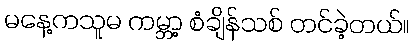
မနေ့ကသူမ ကမ္ဘာ့ စံချိန်သစ် တင်ခဲ့တယ်။